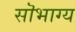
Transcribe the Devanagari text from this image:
सॊभाग्य